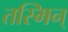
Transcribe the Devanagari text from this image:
तस्मिन्‌